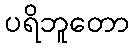
ပရိဘူတော